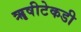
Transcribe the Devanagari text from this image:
ॠषीटेकडी